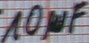
Text: 10µF